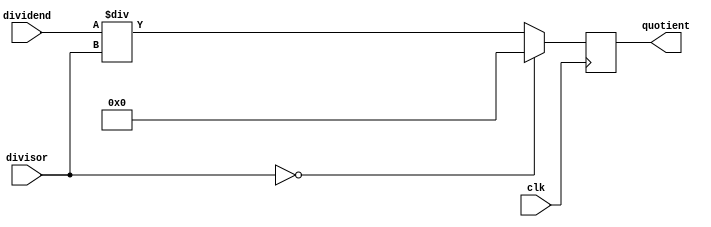
module synchronous_divider (
    input wire clk,
    input wire [31:0] dividend,
    input wire [31:0] divisor,
    output reg [31:0] quotient
);

always @(posedge clk) begin
    if (divisor == 0) begin
        // handle division by zero
        quotient <= 32'h0;
    end else begin
        quotient <= dividend / divisor;
    end
end

endmodule